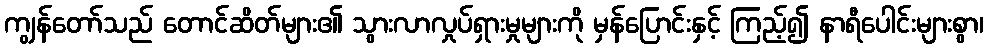
ကျွန်တော်သည် တောင်ဆိတ်များ၏ သွားလာလှုပ်ရှားမှုများကို မှန်ပြောင်းနှင့် ကြည့်၍ နာရီပေါင်းများစွာ၊